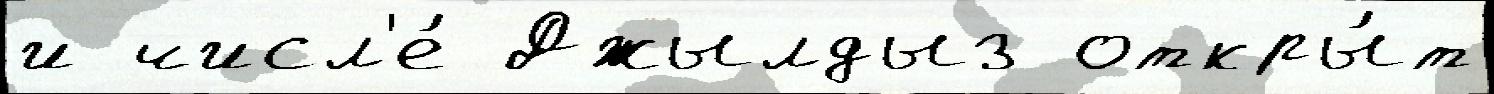
и числ'е́ Джылдыз откры́т